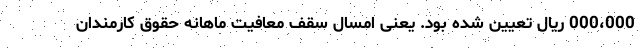
000،000 ریال تعیین شده بود. یعنی امسال سقف معافیت ماهانه حقوق کارمندان